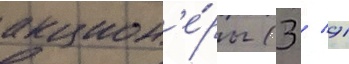
акцион'е́ры (3 / 91